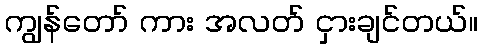
ကျွန်တော် ကား အလတ် ငှားချင်တယ်။